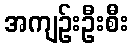
အကျဉ်းဦးစီး